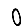
Digit: 0